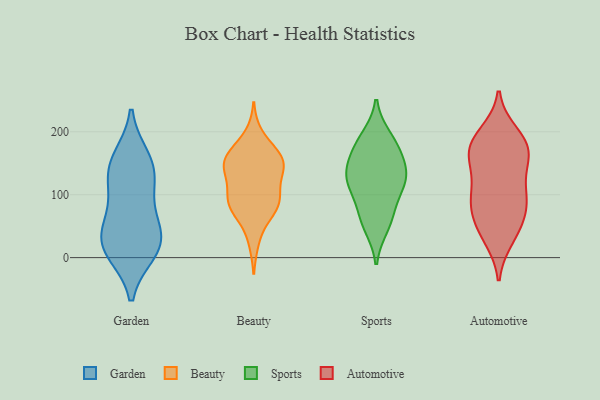
{"axis": {"x": "Page Views", "y": "Value"}, "legend": ["Automotive", "Beauty", "Garden", "Sports"], "data": [{"x": "", "y": 30, "type": "Garden"}, {"x": "", "y": 76, "type": "Garden"}, {"x": "", "y": 17, "type": "Garden"}, {"x": "", "y": 114, "type": "Garden"}, {"x": "", "y": 10, "type": "Garden"}, {"x": "", "y": 157, "type": "Garden"}, {"x": "", "y": 144, "type": "Garden"}, {"x": "", "y": 45, "type": "Garden"}, {"x": "", "y": 20, "type": "Garden"}, {"x": "", "y": 139, "type": "Garden"}, {"x": "", "y": 156, "type": "Beauty"}, {"x": "", "y": 165, "type": "Beauty"}, {"x": "", "y": 134, "type": "Beauty"}, {"x": "", "y": 102, "type": "Beauty"}, {"x": "", "y": 88, "type": "Beauty"}, {"x": "", "y": 104, "type": "Beauty"}, {"x": "", "y": 27, "type": "Beauty"}, {"x": "", "y": 80, "type": "Beauty"}, {"x": "", "y": 159, "type": "Beauty"}, {"x": "", "y": 77, "type": "Beauty"}, {"x": "", "y": 142, "type": "Beauty"}, {"x": "", "y": 143, "type": "Beauty"}, {"x": "", "y": 90, "type": "Beauty"}, {"x": "", "y": 146, "type": "Beauty"}, {"x": "", "y": 71, "type": "Beauty"}, {"x": "", "y": 160, "type": "Beauty"}, {"x": "", "y": 194, "type": "Beauty"}, {"x": "", "y": 61, "type": "Sports"}, {"x": "", "y": 125, "type": "Sports"}, {"x": "", "y": 131, "type": "Sports"}, {"x": "", "y": 184, "type": "Sports"}, {"x": "", "y": 76, "type": "Sports"}, {"x": "", "y": 131, "type": "Sports"}, {"x": "", "y": 111, "type": "Sports"}, {"x": "", "y": 119, "type": "Sports"}, {"x": "", "y": 163, "type": "Sports"}, {"x": "", "y": 163, "type": "Sports"}, {"x": "", "y": 191, "type": "Sports"}, {"x": "", "y": 49, "type": "Sports"}, {"x": "", "y": 166, "type": "Automotive"}, {"x": "", "y": 31, "type": "Automotive"}, {"x": "", "y": 67, "type": "Automotive"}, {"x": "", "y": 189, "type": "Automotive"}, {"x": "", "y": 47, "type": "Automotive"}, {"x": "", "y": 178, "type": "Automotive"}, {"x": "", "y": 85, "type": "Automotive"}, {"x": "", "y": 99, "type": "Automotive"}, {"x": "", "y": 113, "type": "Automotive"}, {"x": "", "y": 39, "type": "Automotive"}, {"x": "", "y": 172, "type": "Automotive"}, {"x": "", "y": 197, "type": "Automotive"}, {"x": "", "y": 151, "type": "Automotive"}, {"x": "", "y": 173, "type": "Automotive"}, {"x": "", "y": 144, "type": "Automotive"}, {"x": "", "y": 87, "type": "Automotive"}, {"x": "", "y": 92, "type": "Automotive"}]}